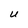
Character: U